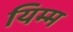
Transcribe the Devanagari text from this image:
यिम्म